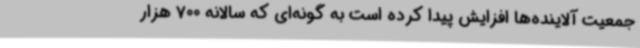
جمعیت آلاینده‌ها افزایش پیدا کرده است به گونه‌ای که سالانه 700 هزار